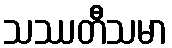
သဿတီသမာ